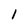
Character: 1